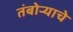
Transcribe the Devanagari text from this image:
तंबोर्‍याचे